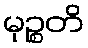
မုဉ္စတိ